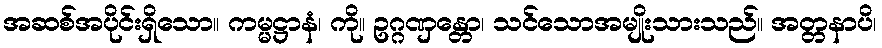
အဆစ်အပိုင်းရှိသော။ ကမ္မဋ္ဌာနံ၊ ကို။ ဥဂ္ဂဏှန္တော၊ သင်သောအမျိုးသားသည်။ အတ္တနာပိ၊